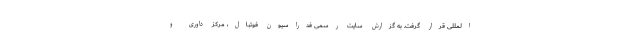
المللی قرار گرفت. به گزارش سایت رسمی فدراسیون فوتبال، مرکز داوری و